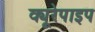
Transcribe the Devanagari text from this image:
क्यूरेपाइप